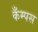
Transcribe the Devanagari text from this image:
कँम्पस